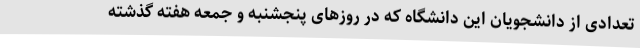
تعدادی از دانشجویان این دانشگاه که در روزهای پنجشنبه و جمعه هفته گذشته